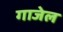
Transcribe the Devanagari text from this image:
गाजेल